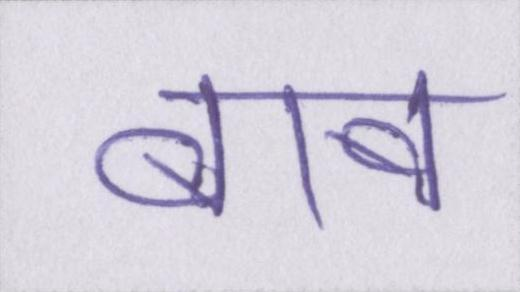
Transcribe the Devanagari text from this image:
बाब